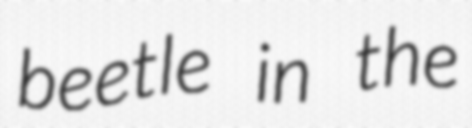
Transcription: beetle in the